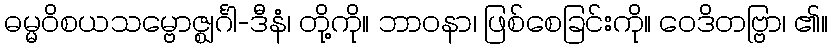
ဓမ္မဝိစယသမ္ဗောဇ္ဈင်္ဂါ-ဒီနံ၊ တို့ကို။ ဘာဝနာ၊ ဖြစ်စေခြင်းကို။ ဝေဒိတဗ္ဗြာ၊ ၏။